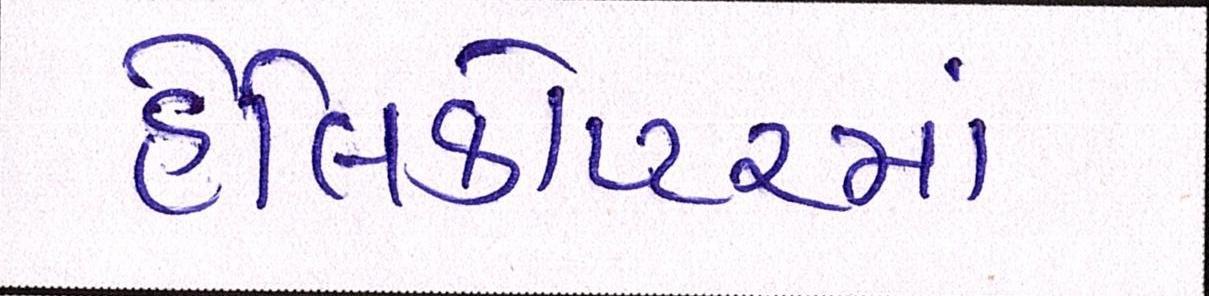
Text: હેલિકોપ્ટરમાં